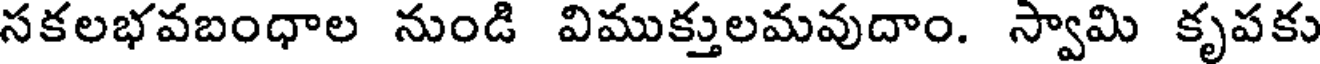
సకలభవబంధాల నుండి విముక్తులమవుదాం. స్వామి కృపకు